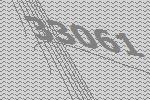
33061